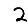
Digit: 2